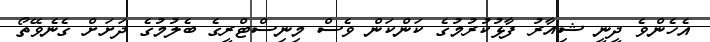
އެހެންވެ ދީނީ ޝިއާރު ފާޅުކުރުމުގެ ކަންކަން ވެސް މިނިސްޓްރީގެ ބެލުމުގެ ދަށަށް ގެނެވޭތޯ